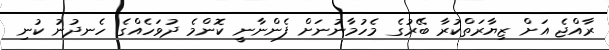
ރާއްޖެ އަށް ޒިޔާރަތްކުރާ ބޭރުގެ މެހުމާނުނަށް ފެންނާނީ ކޮންމެ ދުވަހެއްގެ ހެނދުނު ކުނި